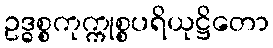
ဥဒ္ဓစ္စကုက္ကုစ္စပရိယုဋ္ဌိတော